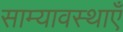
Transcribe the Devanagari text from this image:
साम्यावस्थाएँ